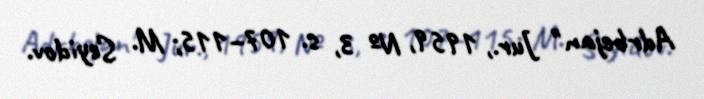
Adrbejan" Jur., 1959, № 3, s. 107–115; M. Seyidov.